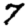
Digit: 7